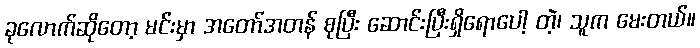
ခုလောက်ဆိုတော့ မင်းမှာ အတော်အတန် စုပြီး ဆောင်းပြီးရှိရောပေါ့ တဲ့၊ သူက မေးတယ်။